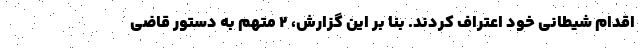
اقدام شیطانی خود اعتراف کردند. بنا بر این گزارش، 2 متهم به دستور قاضی